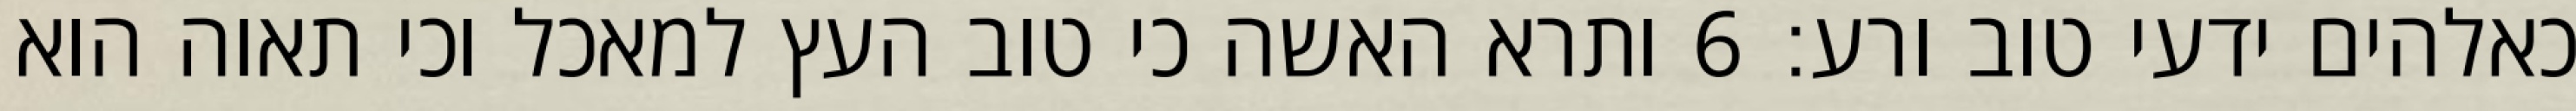
כאלהים ידעי טוב ורע׃ ‎6‏ ותרא האשה כי טוב העץ למאכל וכי תאוה הוא